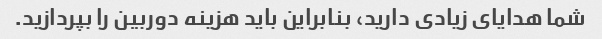
شما هدایای زیادی دارید، بنابراین باید هزینه دوربین را بپردازید.